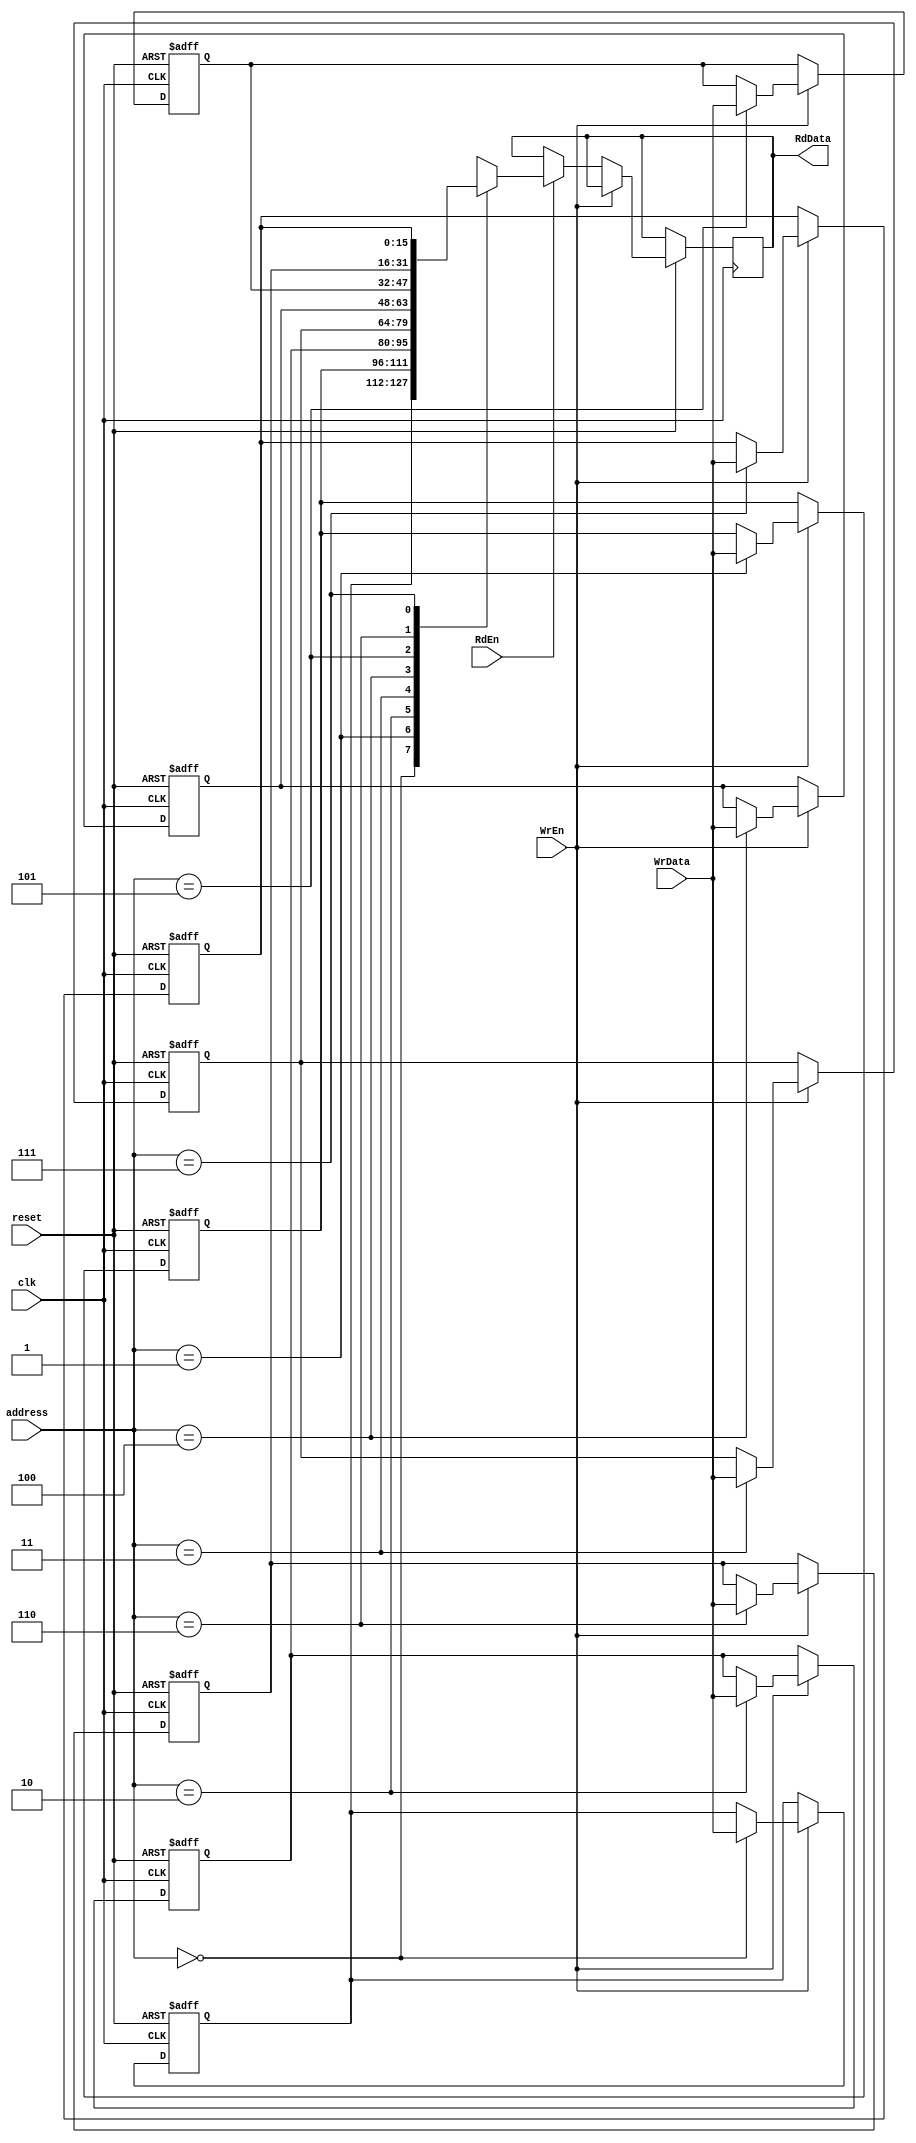
module Register(
    input  wire          WrEn, RdEn,
    input  wire          clk,reset,
    input  wire  [2:0]   address,
    input  wire  [15:0]  WrData, 
    output reg   [15:0]  RdData
);

    reg [15:0] Register_File [7:0]; 

    always @(posedge clk or negedge reset)
      begin
        
        if(!reset)
            begin
              Register_File[0] <= 16'b0 ;
              Register_File[1] <= 16'b0 ;
              Register_File[2] <= 16'b0 ;
              Register_File[3] <= 16'b0 ;
              Register_File[4] <= 16'b0 ;
              Register_File[5] <= 16'b0 ;
              Register_File[6] <= 16'b0 ;
              Register_File[7] <= 16'b0 ;
              
            end 
		    else if (WrEn)
            Register_File[address] <= WrData;
          
        else if (RdEn)
            RdData<=Register_File[address];
              
      end
      
           
endmodule